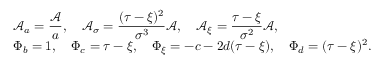
\begin{array} { r l } & { \mathcal { A } _ { a } = \displaystyle \frac { \mathcal { A } } { a } , \quad \mathcal { A } _ { \sigma } = \displaystyle \frac { ( \tau - \xi ) ^ { 2 } } { \sigma ^ { 3 } } \mathcal { A } , \quad \mathcal { A } _ { \xi } = \displaystyle \frac { \tau - \xi } { \sigma ^ { 2 } } \mathcal { A } , } \\ & { \Phi _ { b } = 1 , \quad \Phi _ { c } = \tau - \xi , \quad \Phi _ { \xi } = - c - 2 d ( \tau - \xi ) , \quad \Phi _ { d } = ( \tau - \xi ) ^ { 2 } . } \end{array}